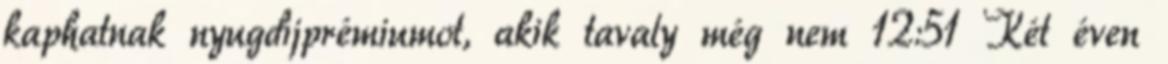
kaphatnak nyugdíjprémiumot, akik tavaly még nem 12:51 Két éven